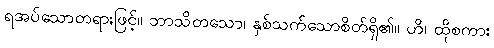
ရအပ်သောတရားဖြင့်။ ဘာသိတသော၊ နှစ်သက်သောစိတ်ရှိ၏။ ဟိ၊ ထိုစကား